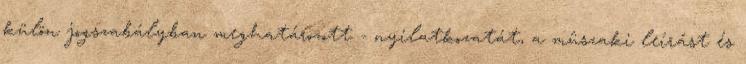
külön jogszabályban meghatározott - nyilatkozatát, a mûszaki leírást és